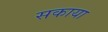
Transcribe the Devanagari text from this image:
सकाया